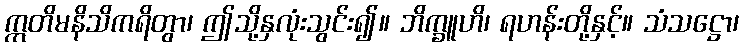
ဣတိမနိသိကရိတွာ၊ ဤသို့နှလုံးသွင်း၍။ ဘိက္ခူဟိ၊ ရဟန်းတို့နှင့်။ သံသဋ္ဌော၊